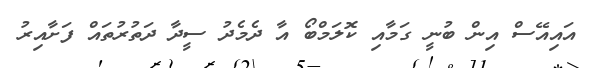
އައިއޭސް އިން ބުނީ ގަމާއި ކޮލަމްބޯ އާ ދެމެދު ސީދާ ދަތުރުތައް ފަށާއިރު